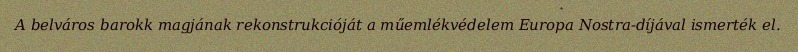
A belváros barokk magjának rekonstrukcióját a műemlékvédelem Europa Nostra-díjával ismerték el.